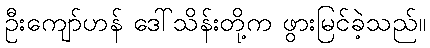
ဦးကျော်ဟန် ဒေါ်သိန်းတို့က ဖွားမြင်ခဲ့သည်။